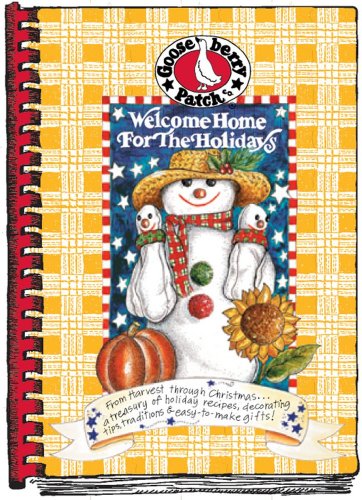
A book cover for Welcome Home for the Holidays (Gooseberry Patch); Gooseberry Patch; Cookbooks, Food & Wine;